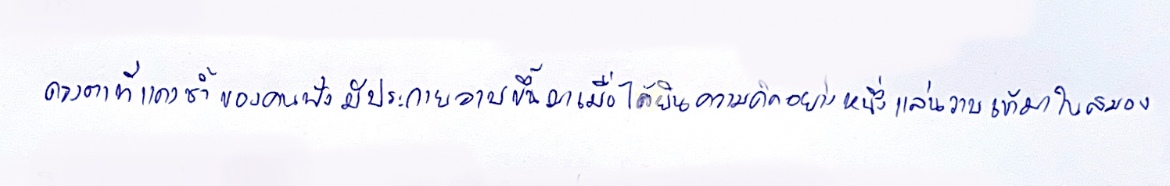
ดวงตาที่แดงช้ำของคนฟังมีประกายวาบขึ้นมาเมื่อได้ยินความคิดอย่างหนึ่งแล่นวาบเข้ามาในสมอง